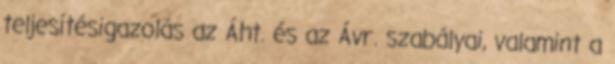
teljesítésigazolás az Áht. és az Ávr. szabályai, valamint a